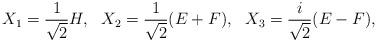
LaTeX: \begin{align*}X_{1}=\frac{1}{\sqrt{2}}H,\ \ X_{2}=\frac{1}{\sqrt{2}}(E+F),\ \ X_{3}=\frac{i}{\sqrt{2}}(E-F),\end{align*}